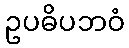
ဥပဓိပဘဝံ